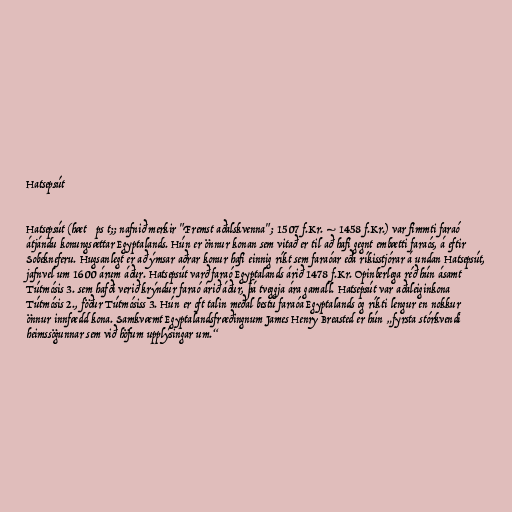
Hatsepsút

Hatsepsút (hætˈʃɛpsʊt;; nafnið merkir "Fremst aðalskvenna"; 1507 f.Kr. – 1458 f.Kr.) var fimmti faraó
átjándu konungsættar Egyptalands. Hún er önnur konan sem vitað er til að hafi gegnt embætti faraós, á eftir
Sobekneferu. Hugsanlegt er að ýmsar aðrar konur hafi einnig ríkt sem faraóar eða ríkisstjórar á undan Hatsepsút,
jafnvel um 1600 árum áður. Hatsepsút varð faraó Egyptalands árið 1478 f.Kr. Opinberlega réð hún ásamt
Tútmósis 3. sem hafði verið krýndur faraó árið áður, þá tveggja ára gamall. Hatsepsút var aðaleiginkona
Tútmósis 2., föður Tútmósiss 3. Hún er oft talin meðal bestu faraóa Egyptalands og ríkti lengur en nokkur
önnur innfædd kona. Samkvæmt Egyptalandsfræðingnum James Henry Breasted er hún „fyrsta stórkvendi
heimssögunnar sem við höfum upplýsingar um.“